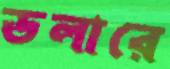
ডলারে